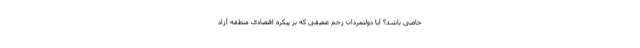
خاصی باشد؟ آیا دولتمردان زخم عمیقی که بر پیکره اقتصادی منطقه آزاد